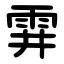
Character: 䨍